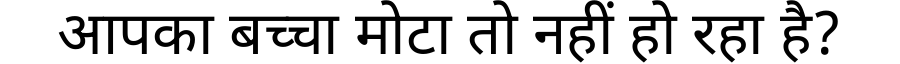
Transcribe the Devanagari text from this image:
आपका बच्चा मोटा तो नहीं हो रहा है?